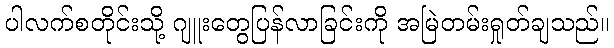
ပါလက်စတိုင်းသို့ ဂျူးတွေပြန်လာခြင်းကို အမြဲတမ်းရှုတ်ချသည်။